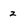
Character: z